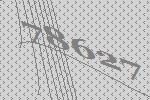
78627